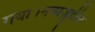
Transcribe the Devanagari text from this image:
गया।नवाज़ुद्दीन